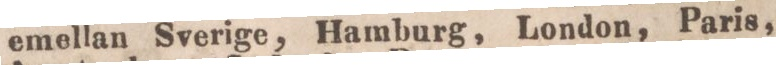
emellan Sverige, Hamburg, London, Paris,